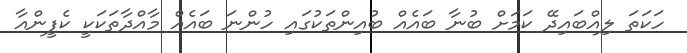
ހަކަތަ ލިއްބައިދޭ ކަމަށް ބުނާ ބައެއް ބުއިންތަކުގައި ހުންނަ ބައެއް މާއްދާތަކަކީ ކެފީންއާ